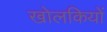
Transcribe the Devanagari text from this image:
खोलकियों